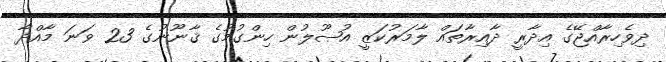
ދިވެހިރާއްޖޭގެ އިދާރީ ދާއިރާތައް ލާމަރުކަޒީ އުޞޫލުން ހިންގުމުގެ ޤާނޫނުގެ 23 ވަނަ މާއްދާ